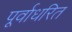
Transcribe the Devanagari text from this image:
पूर्वाधरित